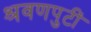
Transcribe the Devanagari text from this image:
श्रवणपुटीं